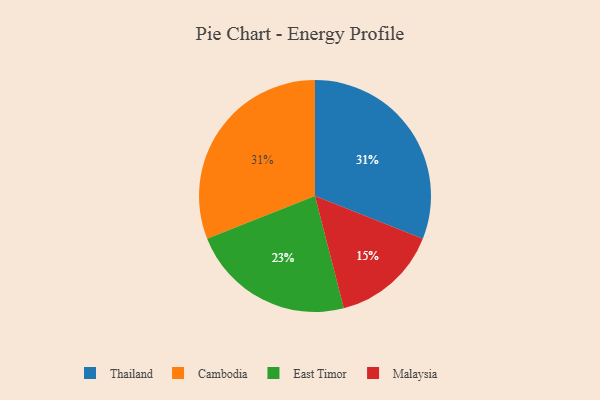
{"axis": {"x": "Category", "y": "Percentage"}, "legend": ["Cambodia", "East Timor", "Malaysia", "Thailand"], "data": [{"x": "East Timor", "y": 23, "type": "East Timor"}, {"x": "Malaysia", "y": 15, "type": "Malaysia"}, {"x": "Thailand", "y": 31, "type": "Thailand"}, {"x": "Cambodia", "y": 31, "type": "Cambodia"}]}